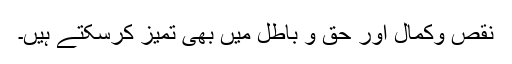
نقص وکمال اور حق و باطل میں بھی تمیز کرسکتے ہیں۔